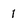
Character: 1